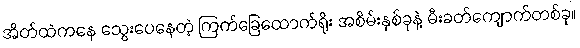
အိတ်ထဲကနေ သွေးပေနေတဲ့ ကြက်ခြေထောက်ရိုး အစိမ်းနှစ်ခုနဲ့ မီးခတ်ကျောက်တစ်ခု။